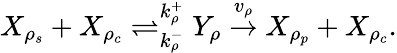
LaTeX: \begin{array}{r}{X_{\rho_{s}}+X_{\rho_{c}}\rightleftharpoons_{k_{\rho}^{-}}^{k_{\rho}^{+}}Y_{\rho}\overset{v_{\rho}}{\to}X_{\rho_{p}}+X_{\rho_{c}}.}\end{array}